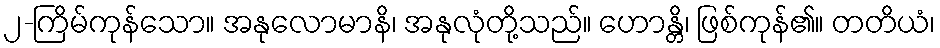
၂-ကြိမ်ကုန်သော။ အနုလောမာနိ၊ အနုလုံတို့သည်။ ဟောန္တိ၊ ဖြစ်ကုန်၏။ တတိယံ၊